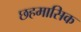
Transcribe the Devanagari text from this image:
छहमासिक